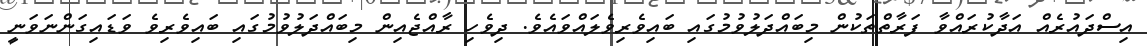
އިސްދައުރެއް އަދާކުރައްވާ ފަރާތްތަކުން މިބައްދަލުވުމުގައި ބައިވެރިވެލައްވައެވެ. ދިވެހި ރާއްޖެއިން މިބައްދަލުވުމުގައި ބައިވެރިވެ ވަޑައިގަންނަވަނީ